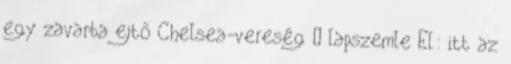
egy zavarba ejtő Chelsea-vereség – lapszemle El: itt az